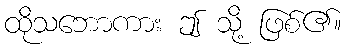
ထိုသဘောကား ဤ သို့ ဖြစ်၏။